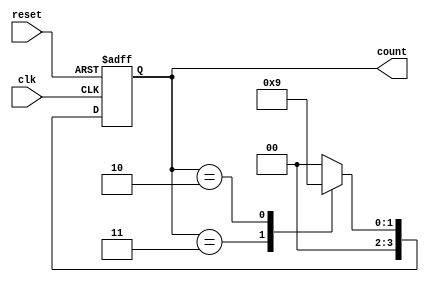
module contador2(
    input clk,      // Sinal de clock
    input reset,    // Sinal de reset
    output reg [3:0] count  // Sada do contador de 2 bits
);

always @(posedge clk or posedge reset) begin
    if (reset == 1'b1) begin
        count <= 4'b0010;  // Se o sinal de reset estiver alto, reinicie o contador com 2
    end else begin
        case (count)
            4'b0011: count <= 4'b0010;  // Se o contador for 2, v para 1
            4'b0010: count <= 4'b0001;  // Se o contador for 1, v para 0
            4'b0001: count <= 4'b0000;  // Se o contador for 0, v para 2
            default: count <= 4'b0000; // Valor padro  0
        endcase
    end
end

endmodule